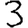
Digit: 3